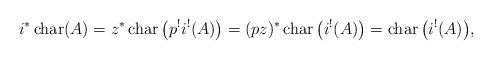
LaTeX: \begin{gather*} i^*\operatorname{char}(A) = z^*\operatorname{char}\big(p^!i^!(A)\big) =(pz)^*\operatorname{char}\big(i^!(A)\big) = \operatorname{char}\big(i^!(A)\big),\end{gather*}